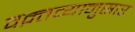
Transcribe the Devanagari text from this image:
वक़्तव्यानुसार